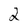
Character: 2